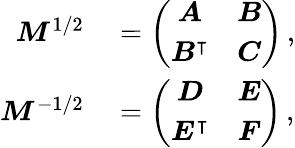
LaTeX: \begin{array}{rl}{\boldsymbol{M}^{1/2}}&{{}=\left(\begin{array}{cc}{\boldsymbol{A}}&{\boldsymbol{B}}\\ {\boldsymbol{B}^{\intercal}}&{\boldsymbol{C}}\end{array}\right)\, ,}\\ {\boldsymbol{M}^{-1/2}}&{{}=\left(\begin{array}{cc}{\boldsymbol{D}}&{\boldsymbol{E}}\\ {\boldsymbol{E}^{\intercal}}&{\boldsymbol{F}}\end{array}\right)\, ,}\end{array}